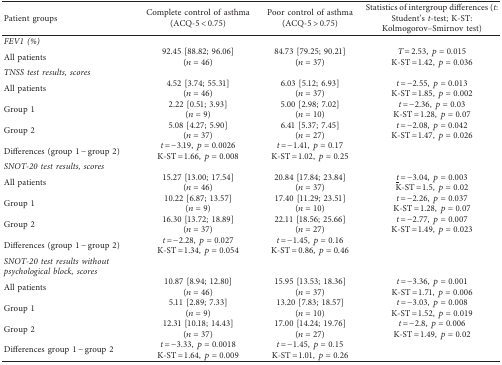
<table><thead><tr><td><b>Patient groups</b></td><td><b>Complete control of asthma (ACQ-5 &lt; 0.75)</b></td><td><b>Poor control of asthma (ACQ-5 &gt; 0.75)</b></td><td><b>Statistics of intergroup differences (<i>t</i>: Student&#x27;s <i>t</i>-test; K-ST: Kolmogorov–Smirnov test)</b></td></tr></thead><tbody><tr><td><i>FEV1 (%)</i></td><td> </td><td> </td><td> </td></tr><tr><td rowspan="2">All patients</td><td>92.45 [88.82; 96.06]</td><td>84.73 [79.25; 90.21]</td><td><i>T</i> = 2.53, <i>p</i>=0.015</td></tr><tr><td>(<i>n</i>=46)</td><td>(<i>n</i>=37)</td><td>K-ST = 1.42, <i>p</i>=0.036</td></tr><tr><td><i>TNSS test results, scores</i></td><td> </td><td> </td><td> </td></tr><tr><td rowspan="2">All patients</td><td>4.52 [3.74; 55.31]</td><td>6.03 [5.12; 6.93]</td><td><i>t</i> = −2.55, <i>p</i>=0.013</td></tr><tr><td>(<i>n</i>=46)</td><td>(<i>n</i>=37)</td><td>K-ST = 1.85, <i>p</i>=0.002</td></tr><tr><td rowspan="2">Group 1</td><td>2.22 [0.51; 3.93]</td><td>5.00 [2.98; 7.02]</td><td><i>t</i> = −2.36, <i>p</i>=0.03</td></tr><tr><td>(<i>n</i>=9)</td><td>(<i>n</i>=10)</td><td>K-ST = 1.28, <i>p</i>=0.07</td></tr><tr><td rowspan="2">Group 2</td><td>5.08 [4.27; 5.90]</td><td>6.41 [5.37; 7.45]</td><td><i>t</i> = −2.08, <i>p</i>=0.042</td></tr><tr><td>(<i>n</i>=37)</td><td>(<i>n</i>=27)</td><td>K-ST = 1.47, <i>p</i>=0.026</td></tr><tr><td rowspan="2">Differences (group 1 − group 2)</td><td><i>t</i> = −3.19, <i>p</i>=0.0026</td><td><i>t</i> = −1.41, <i>p</i>=0.17</td><td> </td></tr><tr><td>K-ST = 1.66, <i>p</i>=0.008</td><td>K-ST = 1.02, <i>p</i>=0.25</td><td> </td></tr><tr><td><i>SNOT-20 test results, scores</i></td><td> </td><td> </td><td> </td></tr><tr><td rowspan="2">All patients</td><td>15.27 [13.00; 17.54]</td><td>20.84 [17.84; 23.84]</td><td><i><underline>t</underline></i> = −3.04, <i>p</i>=0.003</td></tr><tr><td>(<i>n</i>=46)</td><td>(<i>n</i>=37)</td><td>K-ST = 1.5, <i>p</i>=0.02</td></tr><tr><td rowspan="2">Group 1</td><td>10.22 [6.87; 13.57]</td><td>17.40 [11.29; 23.51]</td><td><i>t</i> = −2.26, <i>p</i>=0.037</td></tr><tr><td>(<i>n</i>=9)</td><td>(<i>n</i>=10)</td><td>K-ST = 1.28, <i>p</i>=0.07</td></tr><tr><td rowspan="2">Group 2</td><td>16.30 [13.72; 18.89]</td><td>22.11 [18.56; 25.66]</td><td><i>t</i> = −2.77, <i>p</i>=0.007</td></tr><tr><td>(<i>n</i>=37)</td><td>(<i>n</i>=27)</td><td>K-ST = 1.49, <i>p</i>=0.023</td></tr><tr><td rowspan="2">Differences (group 1 − group 2)</td><td><i>t</i> = −2.28, <i>p</i>=0.027</td><td><i>t</i> = −1.45, <i>p</i>=0.16</td><td> </td></tr><tr><td>K-ST = 1.34, <i>p</i>=0.054</td><td>K-ST = 0.86, <i>p</i>=0.46</td><td> </td></tr><tr><td><i>SNOT-20 test results without psychological block, scores</i></td><td> </td><td> </td><td> </td></tr><tr><td rowspan="2">All patients</td><td>10.87 [8.94; 12.80]</td><td>15.95 [13.53; 18.36]</td><td><i>t</i> = −3.36, <i>p</i>=0.001</td></tr><tr><td>(<i>n</i>=46)</td><td>(<i>n</i>=37)</td><td>K-ST = 1.71, <i>p</i>=0.006</td></tr><tr><td rowspan="2">Group 1</td><td>5.11 [2.89; 7.33]</td><td>13.20 [7.83; 18.57]</td><td><i>t</i> = −3.03, <i>p</i>=0.008</td></tr><tr><td>(<i>n</i>=9)</td><td>(<i>n</i>=10)</td><td>K-ST = 1.52, <i>p</i>=0.019</td></tr><tr><td rowspan="2">Group 2</td><td>12.31 [10.18; 14.43]</td><td>17.00 [14.24; 19.76]</td><td><i>t</i> = −2.8, <i>p</i>=0.006</td></tr><tr><td>(<i>n</i>=37)</td><td>(<i>n</i>=27)</td><td>K-ST = 1.49, <i>p</i>=0.02</td></tr><tr><td rowspan="2">Differences group 1 − group 2</td><td><i>t</i> = −3.33, <i>p</i>=0.0018</td><td><i>t</i> = −1.45, <i>p</i>=0.15</td><td> </td></tr><tr><td>K-ST = 1.64, <i>p</i>=0.009</td><td>K-ST = 1.01, <i>p</i>=0.26</td><td> </td></tr></tbody></table>